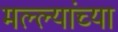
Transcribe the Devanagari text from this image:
मल्ल्यांच्या